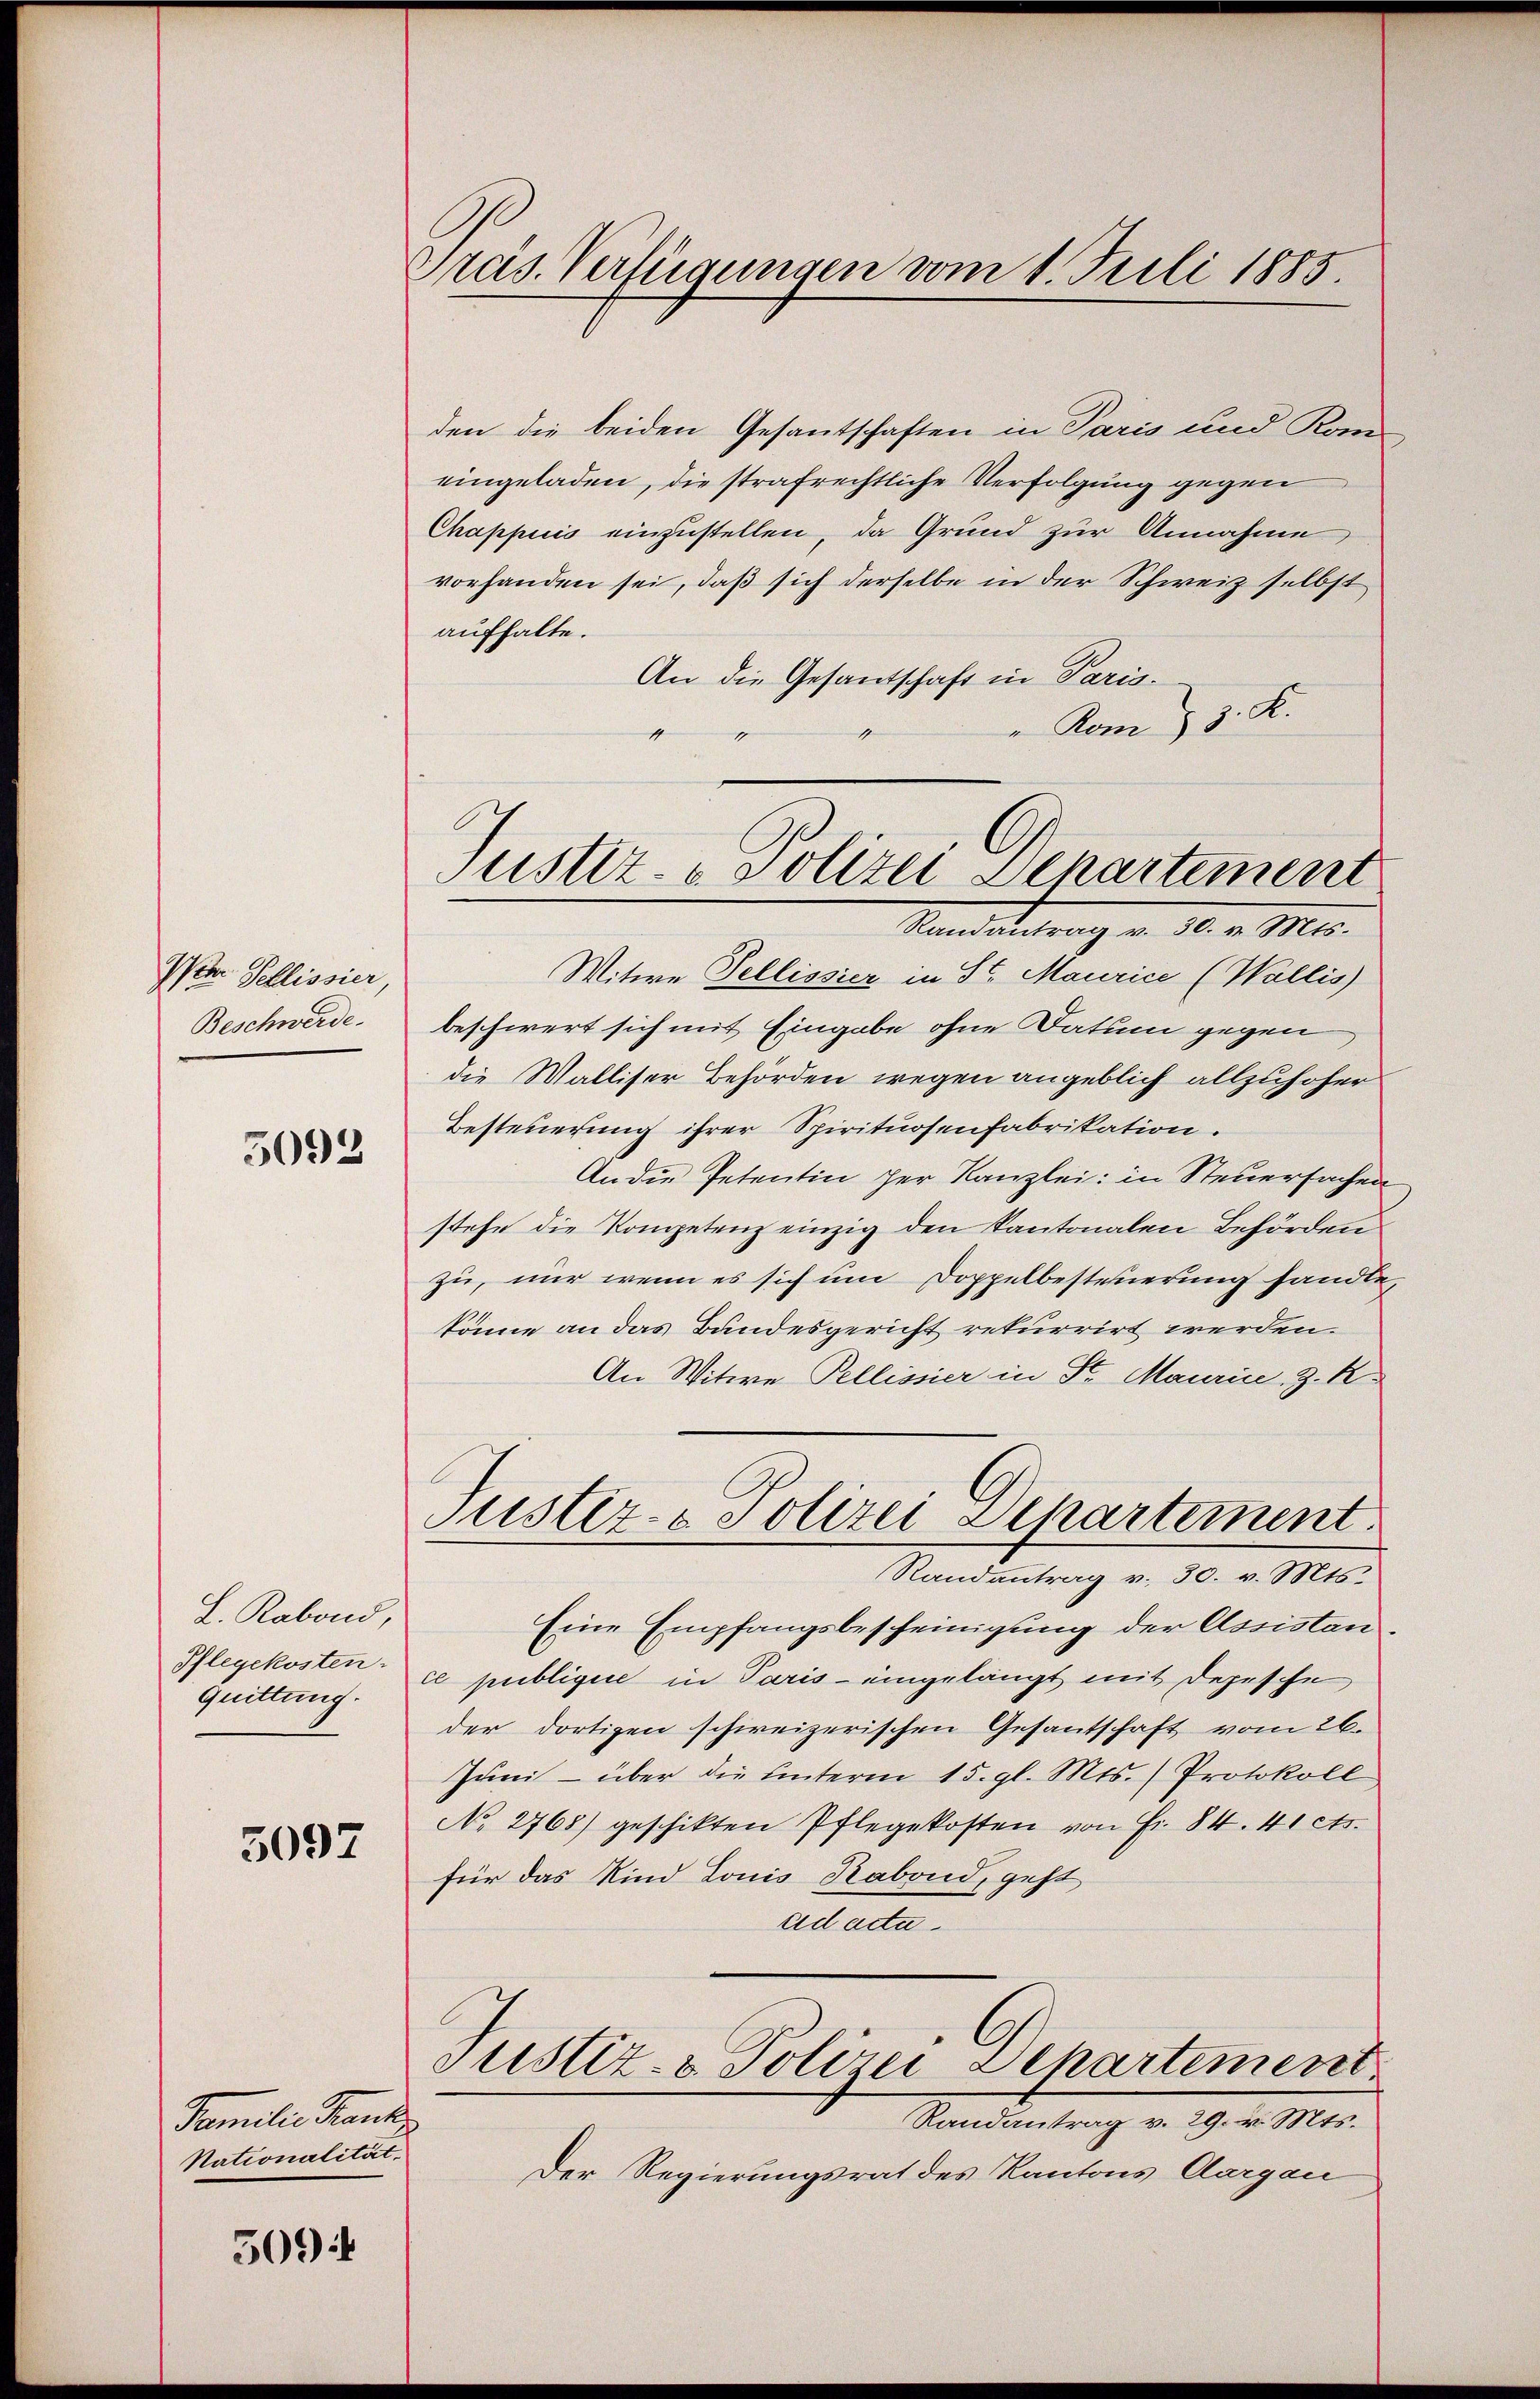
Iter Pellissier
Beschwerde.

5093

L. Rabond,
Pflegekosten.
quittung.

5097

Familie Franke
Nationalität.

5094

Gras. Verfügungen vom 1. Juli 1885.

den die beiden Gesantschaften in Paris und Kom
eingeladen, die strafrechtliche Verfolgung gegen
Chappuis einzustellen, da Grund zur Annahme,
vorhanden sei, daß sich derselbe in der Schweiz selbst
aufhalte.
An die Gesantschaft in Paris.
Kom 5. K.
Mandantrag v. 30. v. Mts.
Witwe Tellissier in St. Maurice (Wallis
beschwert sich mit Eingabe ohne Datum gegen
die Walliser Behörden wegen angeblich allzuhoher
Besteuerung ihrer Spirituosenfabrikation.
An die Petentin her Kanzlei: in Steuersachen
stehe die Kompetenz einzig den Kantonalen Behörden
zu, nur wenn es sich um Doppelbesterierung handle,
könne an das Bundesgericht rekurrirt werden.
An Witwe Pellissier in St. Maurin, z. K.
Justiz- & Polizei Separtement
Randantrag v. 30. v. Mts.
Eine Empfangsbescheinigung der Assistance publiquie in Paris - eingelangt mit Depesche
der dortigen schweizerischen Gesantschaft vom 26.
Juni - über die hinterm 15. gl. Mts. (Protokoll
No 2768) geschikten Pflegekosten von Fr. 84. 41 cts.
für das Kind Louis Rabond, geht
ad acta.
Justiz- & Polizei Departement
Randantrag v. 29. v. Mts.
Der Regierungsrat des Kantons Aargau

Justiz- u. Polizei Departement